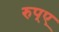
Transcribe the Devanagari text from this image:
रुप्ए